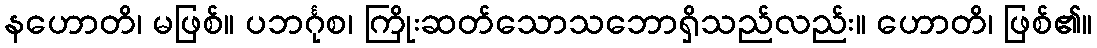
နဟောတိ၊ မဖြစ်။ ပဘင်္ဂုစ၊ ကြိုးဆတ်သောသဘောရှိသည်လည်း။ ဟောတိ၊ ဖြစ်၏။